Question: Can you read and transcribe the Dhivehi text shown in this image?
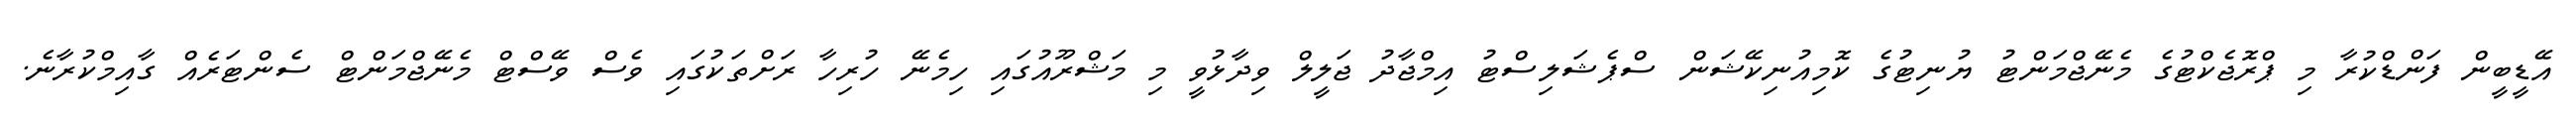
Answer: އޭޑީބީން ފަންޑްކުރާ މި ޕްރޮޖެކްޓުގެ މެނޭޖްމަންޓު ޔުނިޓުގެ ކޮމިއުނިކޭޝަން ސްޕެޝަލިސްޓު އިމްޖާދު ޖަލީލް ވިދާޅުވީ މި މަޝްރޫއުގައި ހިމެނޭ ހުރިހާ ރަށްތަކުގައި ވެސް ވޭސްޓް މެނޭޖްމަންޓް ސެންޓަރެއް ގާއިމްކުރާނެ.